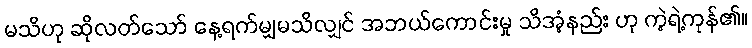
မသိဟု ဆိုလတ်သော် နေ့ရက်မျှမသိလျှင် အဘယ်ကောင်းမှု သိအံ့နည်း ဟု ကဲ့ရဲ့ကုန်၏။